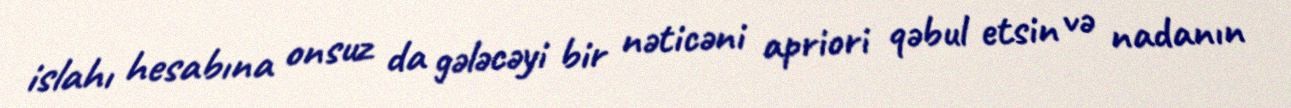
islahı hesabına onsuz da gələcəyi bir nəticəni apriori qəbul etsin və nadanın